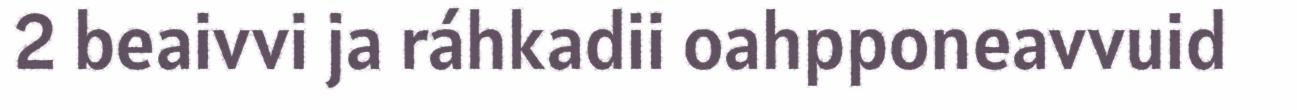
2 beaivvi ja ráhkadii oahpponeavvuid